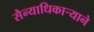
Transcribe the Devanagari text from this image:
सैन्याधिकार्‍याने